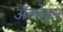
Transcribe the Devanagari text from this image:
अँलोइन